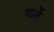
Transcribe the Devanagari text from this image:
गलें